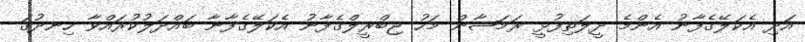
އަދި އެކަލޭގެފާނު އެންމެ ދީލަތިފުޅީ ރަމަޟާން މަހު ޖިބްރީލްގެފާނު އެކަލޭގެފާނާ ބައްދަލުކުރައްވާ ހިނދުގަ